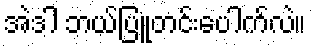
အဲဒါ ဘယ်ပြူတင်းပေါက်လဲ။